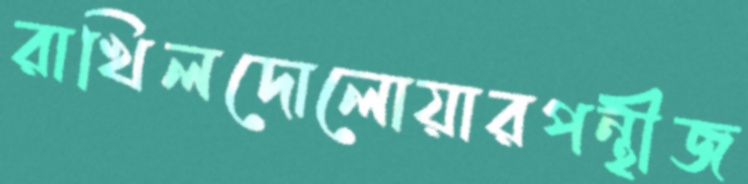
রাখিলদোলোয়ারপন্থীজ